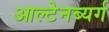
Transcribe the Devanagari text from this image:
आल्टेनब्यर्ग